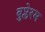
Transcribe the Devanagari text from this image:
बुप्लेरम